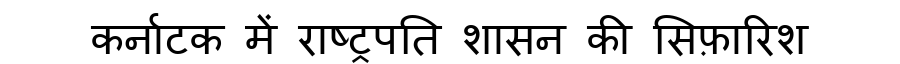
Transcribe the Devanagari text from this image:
कर्नाटक में राष्ट्रपति शासन की सिफ़ारिश